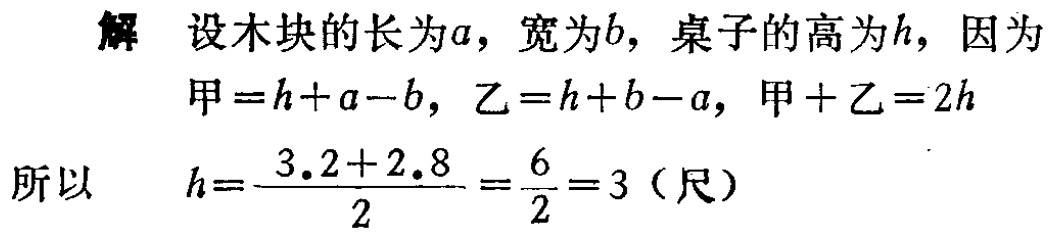
解 设木块的长为\(a\)，宽为\(b\)，桌子的高为\(h\)，因为

甲\(=h + a - b\)，乙\(=h + b - a\)，甲\(+\)乙\(=2h\)

所以 \(h = \frac{3.2 + 2.8}{2}=\frac{6}{2}=3\)（尺）